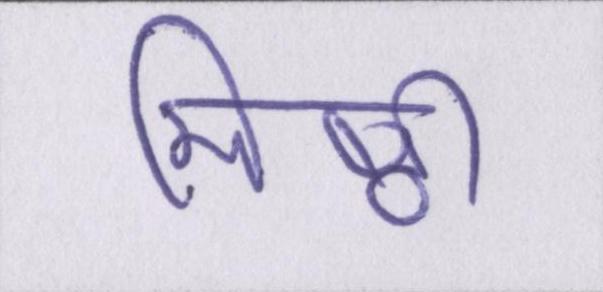
मिष्ठी